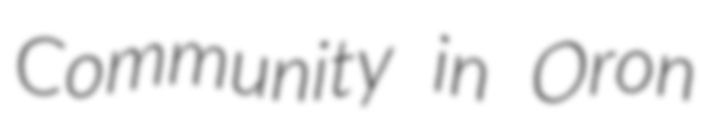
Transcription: Community in Oron